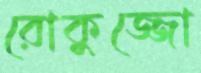
রোকুজ্জো